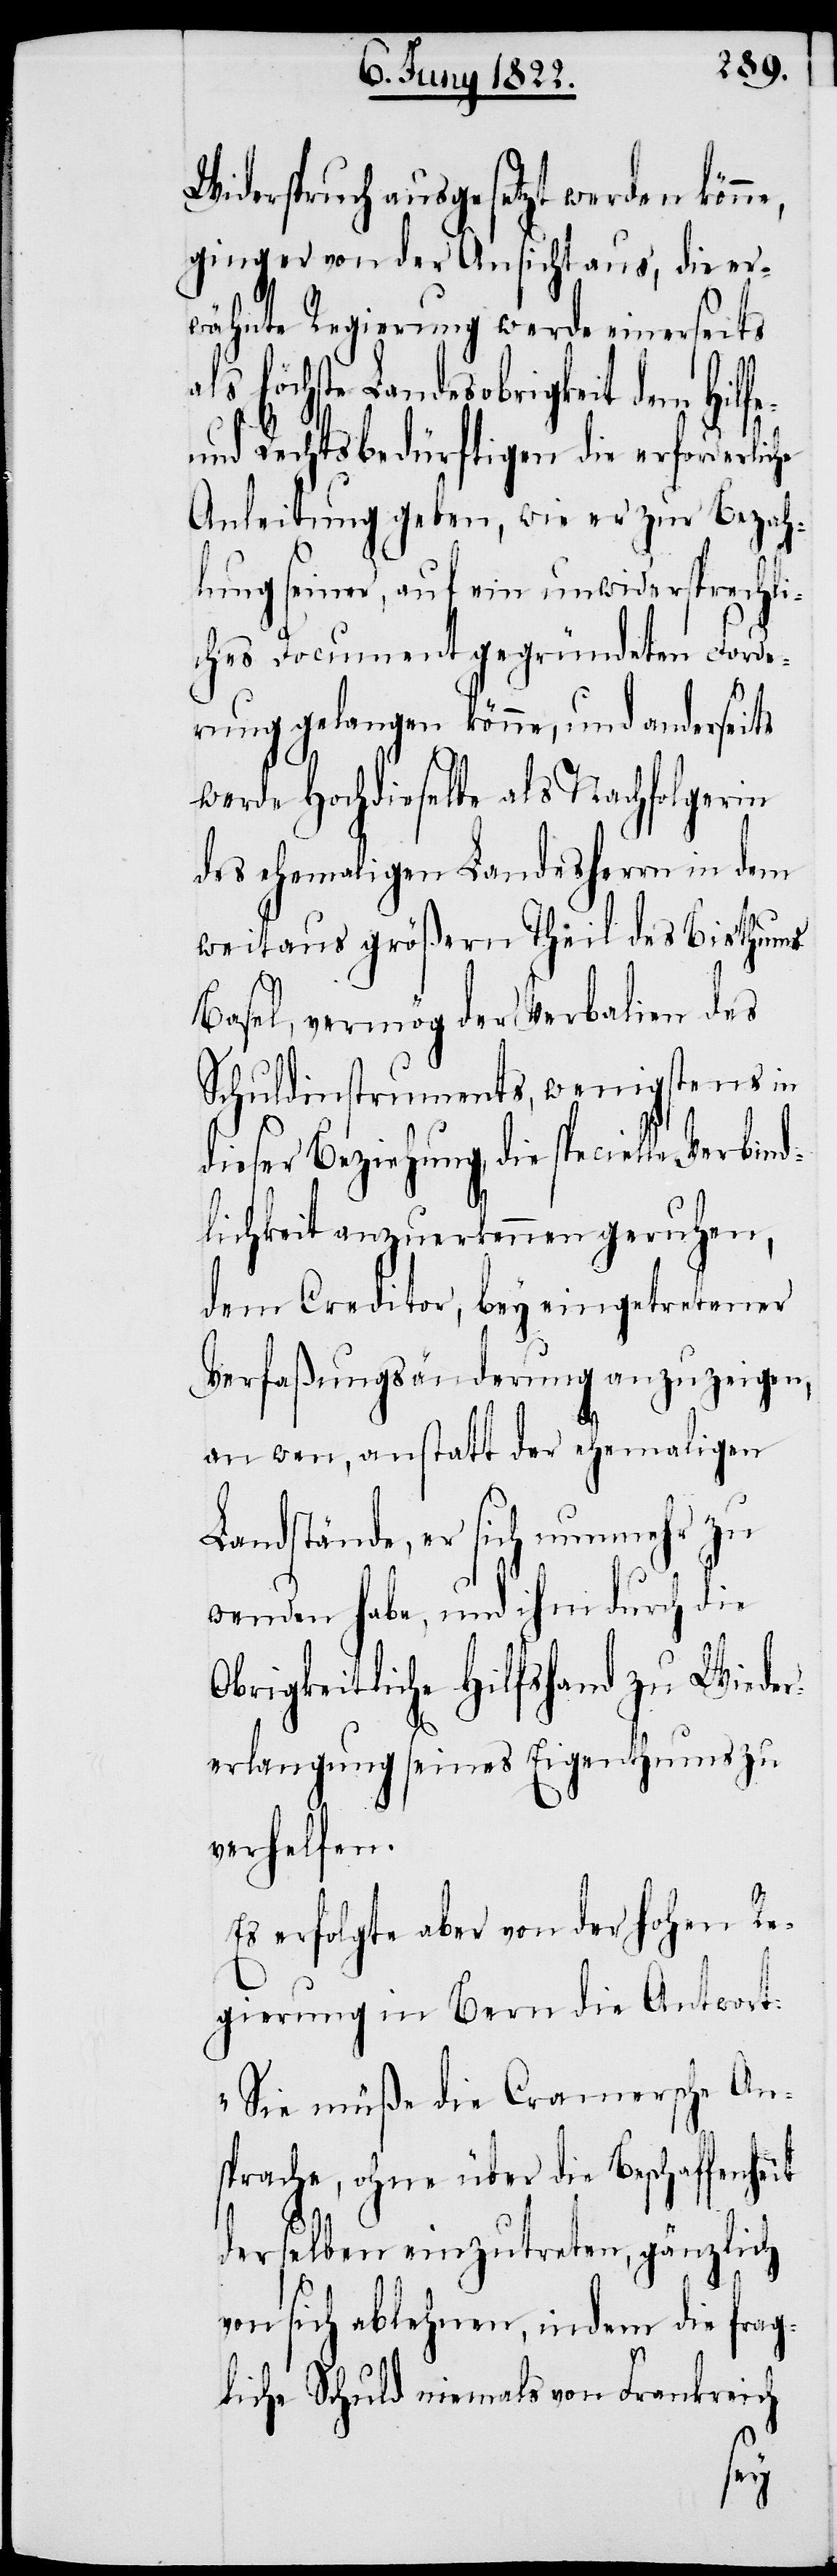
Widerspruch ausgesetzt werden könne,
ging er von der Ansicht aus, die er¬
wähnte Regierung werde einerseits
als höchste Landesobrigkeit dem Hilfe-
und Rechtsbedürftigen die erforderliche
Anleitung geben, wie er zur Bezah¬
lung seiner, auf ein unwidersprechli¬
ches Document gegründeten Forde¬
rung gelangen könne, und anderseits
werde Hochdieselbe als Nachfolgerin
des ehemaligen Landesherrn in dem
weitaus größern Theil des Bisthums
Basel, vermög der Verbalien des
Schuldinstruments, wenigstens in
dieser Beziehung, die specielle Verbind¬
lichkeit anzuerkennen geruhen,
dem Creditor, bey eingetretener
Verfaßungsänderung anzuzeigen,
an wen, anstatt der ehemaligen
Landstände, er sich nunmehr zu
wenden habe, und ihm durch die
Obrigkeitliche Hilfshand zu Wieder¬
erlangung seines Eigenthums zu
verhelfen.
Es erfolgte aber von der hohen Re¬
gierung in Bern die Antwort:
„Sie müße die Cramersche An¬
sprache, ohne über die Beschaffenheit
derselben einzutreten, gänzlich
von sich ablehnen, indem die frag¬
liche Schuld niemals von Frankreich